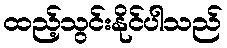
ထည့်သွင်းနိုင်ပါသည်